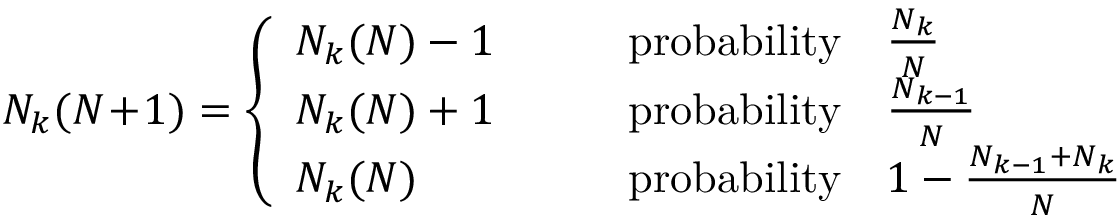
N _ { k } ( N \! + \! 1 ) = \left\{ \begin{array} { l l } { N _ { k } ( N ) - 1 } & { \qquad \mathrm { p r o b a b i l i t y } \quad \frac { N _ { k } } { N } } \\ { N _ { k } ( N ) + 1 } & { \qquad \mathrm { p r o b a b i l i t y } \quad \frac { N _ { k - 1 } } { N } } \\ { N _ { k } ( N ) } & { \qquad \mathrm { p r o b a b i l i t y } \quad 1 - \frac { N _ { k - 1 } + N _ { k } } { N } } \end{array} \right.